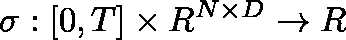
\mathbf { \sigma } : [ 0 , T ] \times \mathbb { R } ^ { N \times D } \rightarrow \mathbb { R }